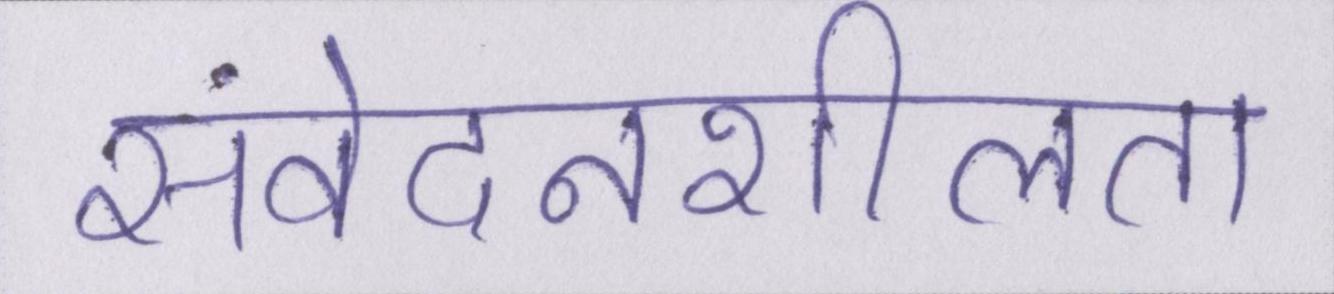
संवेदनशीलता